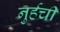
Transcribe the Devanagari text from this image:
नुर्हची